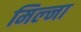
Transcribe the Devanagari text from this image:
मिल्ना